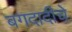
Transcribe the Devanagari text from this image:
बगदादीचे